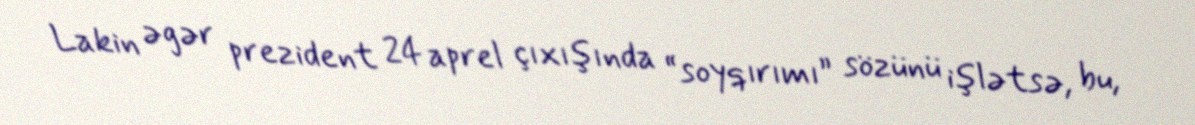
Lakin əgər prezident 24 aprel çıxışında “soyqırımı” sözünü işlətsə, bu,